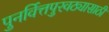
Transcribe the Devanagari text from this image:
पुनर्वित्तपुरवठ्यासाठी